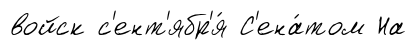
войск с'ент'ябр'я́ С'ена́том На